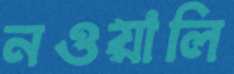
নওয়ালি